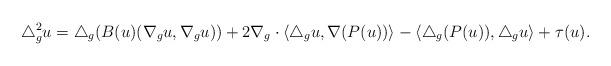
LaTeX: \begin{align*}\triangle_g^2 u= \triangle_g( B(u)(\nabla_g u, \nabla_g u)) +2 \nabla_g \cdot \langle \triangle_g u, \nabla(P(u))\rangle -\langle \triangle_g (P(u)),\triangle_g u \rangle+\tau(u).\end{align*}